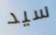
سيد